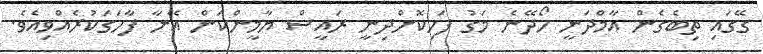
ގޭގައި ތިބެގެން އާމްދަނީ ހޯދޭނެ މަގު ފަހިކޮށްދިނީ ރައީސް ޔާމީންކަން އޭނާ ފާހަގަކުރެއްވިއެވެ.